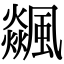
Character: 飊